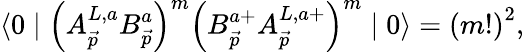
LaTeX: \langle 0\mid\left(A_{\vec{p}}^{L,a}B_{\vec{p}}^{a}\right)^{m}\left(B_{\vec{p}}^{a+}A_{\vec{p}}^{L,a+}\right)^{m}\mid 0\rangle=\left(m!\right)^{2},